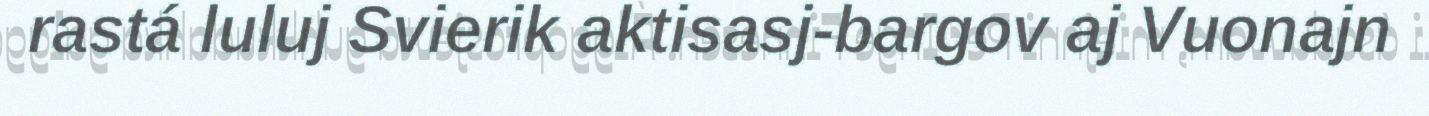
rastá luluj Svierik aktisasj-bargov aj Vuonajn